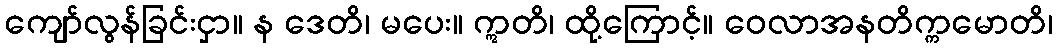
ကျော်လွန်ခြင်းငှာ။ န ဒေတိ၊ မပေး။ ဣတိ၊ ထို့ကြောင့်။ ဝေလာအနတိက္ကမောတိ၊